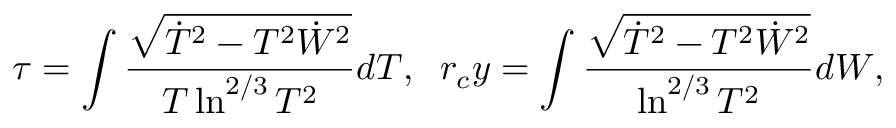
\tau = \int \frac { \sqrt { \dot { T } ^ { 2 } - T ^ { 2 } \dot { W } ^ { 2 } } } { T \ln ^ { 2 / 3 } T ^ { 2 } } d T , \; \; r _ { c } y = \int \frac { \sqrt { \dot { T } ^ { 2 } - T ^ { 2 } \dot { W } ^ { 2 } } } { \ln ^ { 2 / 3 } T ^ { 2 } } d W ,